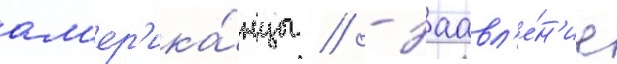
ам'ер'ика́нцы / - заавл'е́н'ие